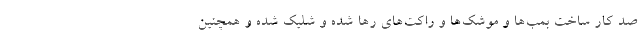
صد کار ساخت بمب‌ها و موشک‌ها و راکت‌های رها شده و شلیک شده و همچنین